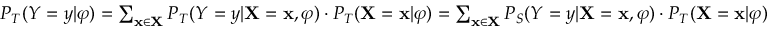
\begin{array} { r } { P _ { T } ( Y = y | \varphi ) = \sum _ { \mathbf { x } \in \mathbf { X } } P _ { T } ( Y = y | \mathbf { X } = \mathbf { x } , \varphi ) \cdot P _ { T } ( \mathbf { X } = \mathbf { x } | \varphi ) = \sum _ { \mathbf { x } \in \mathbf { X } } P _ { S } ( Y = y | \mathbf { X } = \mathbf { x } , \varphi ) \cdot P _ { T } ( \mathbf { X } = \mathbf { x } | \varphi ) } \end{array}